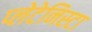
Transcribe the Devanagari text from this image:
प्‍लेटेनिस्‍टा